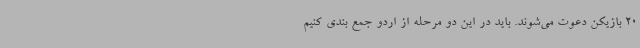
20 بازیکن دعوت می‌شوند. باید در این دو مرحله از اردو جمع بندی کنیم